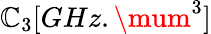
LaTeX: \mathbb{C}_{3}[GHz.\mum^{3}]